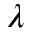
\lambda